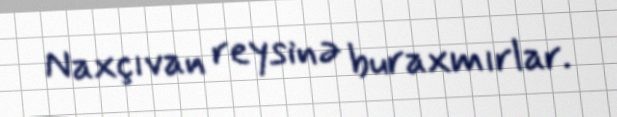
Naxçıvan reysinə buraxmırlar.